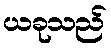
ယခုသည်